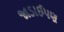
જાડાઈપણ